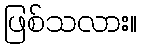
ဖြစ်သလား။